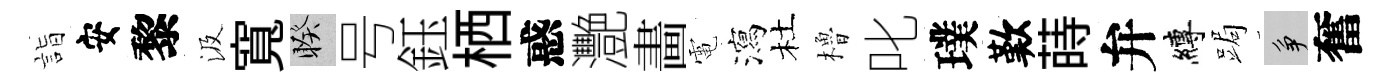
詣安黎汲寬睽号鈺栖惑灧畵電瀉杜櫓叱璞歎蒔弁縛跼争奮